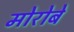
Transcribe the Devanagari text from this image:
मोरोबे